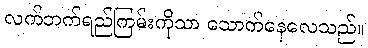
လက်ဘက်ရည်ကြမ်းကိုသာ သောက်နေလေသည်။